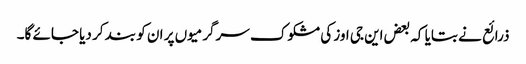
ذرائع نے بتایا کہ بعض این جی اوز کی مشکوک سرگرمیوں پر ان کو بند کر دیا جائے گا۔